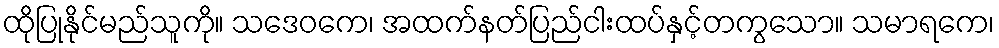
ထိုပြုနိုင်မည်သူကို။ သဒေဝကေ၊ အထက်နတ်ပြည်ငါးထပ်နှင့်တကွသော။ သမာရကေ၊